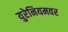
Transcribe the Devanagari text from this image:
युरेनियमवर